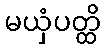
မယှံပတ္ထိ